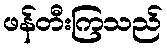
ဖန်တီးကြသည်